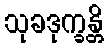
သုခဒုက္ခန္တိ